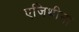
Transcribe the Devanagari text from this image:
एजिथीना